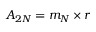
A _ { 2 N } = m _ { N } \times r